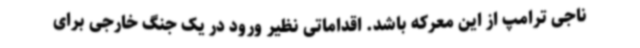
ناجی ترامپ از این معرکه باشد. اقداماتی نظیر ورود در یک جنگ خارجی برای